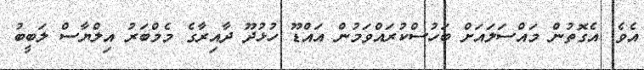
އެވެ. އެގޮތުން މައްސަލައަށް ބަހުސްކުރައްވަމުން އައްޑޫ ހުޅުދޫ ދާއިރާގެ މެމްބަރު އިލްޔާސް ލަބީބު